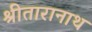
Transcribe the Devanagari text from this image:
श्रीतारानाथ